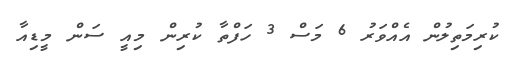
ކުރިމަތިލުން އެއްވަރު 6 މަސް 3 ހަފްތާ ކުރިން މިއީ ސަން މީޑިއާ